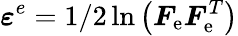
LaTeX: \boldsymbol{\varepsilon}^{e}=1/2\ln\left(\boldsymbol{F}_{\mathrm{e}}\boldsymbol{F}_{\mathrm{e}}^{T}\right)